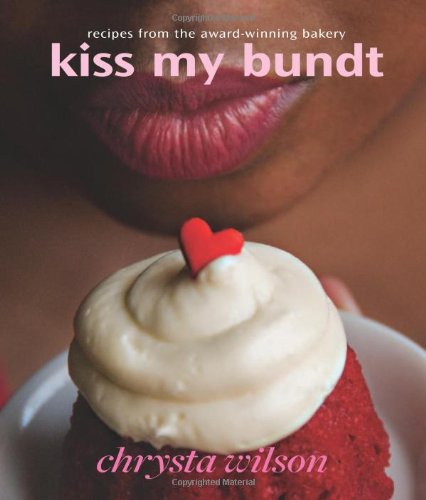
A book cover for Kiss My Bundt: Recipes from the Award-Winning Bakery; Chrysta Wilson; Cookbooks, Food & Wine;